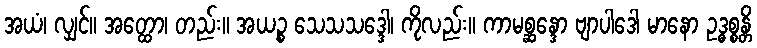
အယံ၊ လျှင်။ အတ္ထော၊ တည်း။ အယဉ္စ သေသသဒ္ဒေါ၊ ကိုလည်း။ ကာမစ္ဆန္ဒော ဗျာပါဒေါ မာနော ဥဒ္ဓစ္စန္တိ